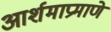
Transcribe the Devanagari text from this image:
आर्शमाप्रमाणे